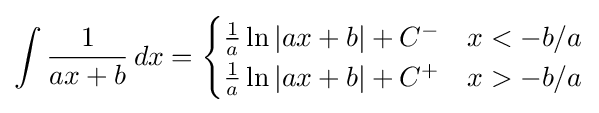
\int {\frac {1}{ax+b}}\,dx={\begin{cases}{\frac {1}{a}}\ln \left|ax+b\right|+C^{-}&x<-b/a\\{\frac {1}{a}}\ln \left|ax+b\right|+C^{+}&x>-b/a\end{cases}}